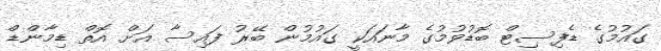
ގައުމުގެ ޑެފިސިޓް ބޮޑުވުމުގެ މާނައަކީ ގައުމުން ބޭރު ފައިސާ އަށް އޮތް ޑިމާންޑް